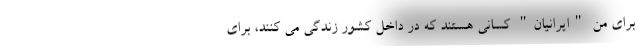
برای من "ایرانیان" کسانی هستند که در داخل کشور زندگی می کنند، برای